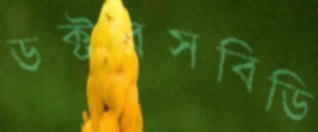
ডক্টরসবিডি